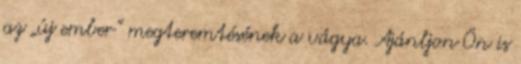
az „új ember” megteremtésének a vágya. Ajánljon Ön is